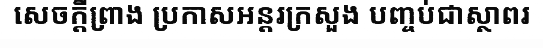
សេចក្តីព្រាង ប្រកាសអន្តរក្រសួង បញ្ចប់ជាស្ថាពរ